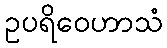
ဥပရိဝေဟာသံ